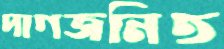
দাগজনিত